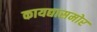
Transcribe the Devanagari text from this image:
कायद्यासमोर